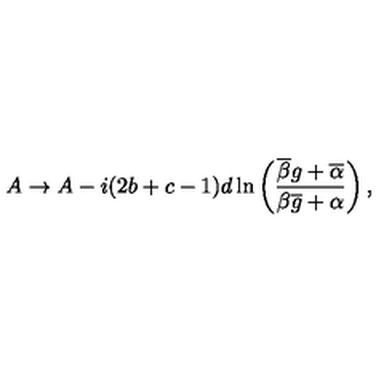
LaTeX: A \rightarrow A - i ( 2 b + c - 1 ) d \ln \left( \frac { \overline { { \beta } } g + \overline { { \alpha } } } { \beta \overline { { g } } + \alpha } \right) ,